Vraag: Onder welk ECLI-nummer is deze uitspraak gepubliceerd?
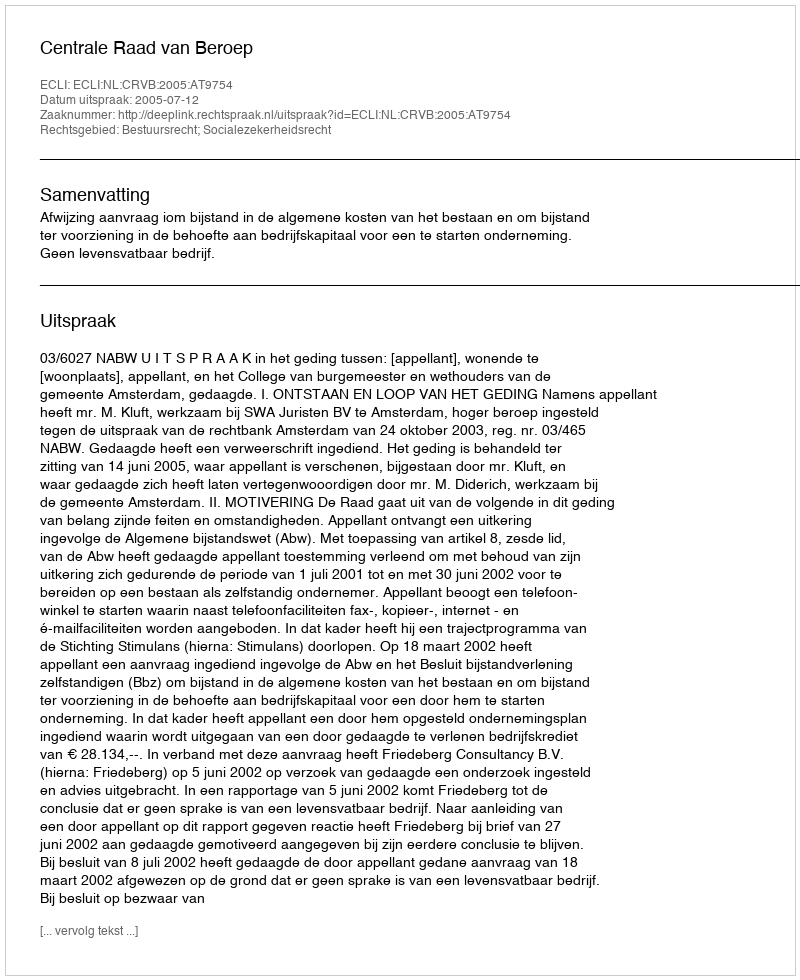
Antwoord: ECLI:NL:CRVB:2005:AT9754